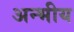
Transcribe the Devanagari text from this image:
अन्भीय